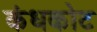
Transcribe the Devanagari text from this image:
कंधकोट